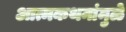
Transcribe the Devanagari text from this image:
आत्मकथनांमुळे